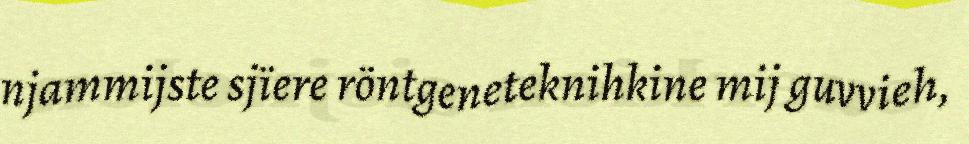
njammijste sjïere röntgeneteknihkine mij guvvieh,